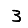
Digit: 3